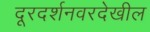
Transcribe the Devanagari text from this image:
दूरदर्शनवरदेखील